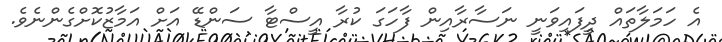
އެ ހަމަލާތައް ދީފައިވަނީ ނަސާރާއިން ފާހަގަ ކުރާ އީސްޓާ ސަންޑޭ އަށް އަމާޒުކޮށްގެންނެވެ.